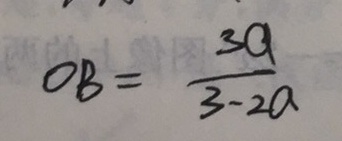
O B = \frac { 3 a } { 3 - 2 a }